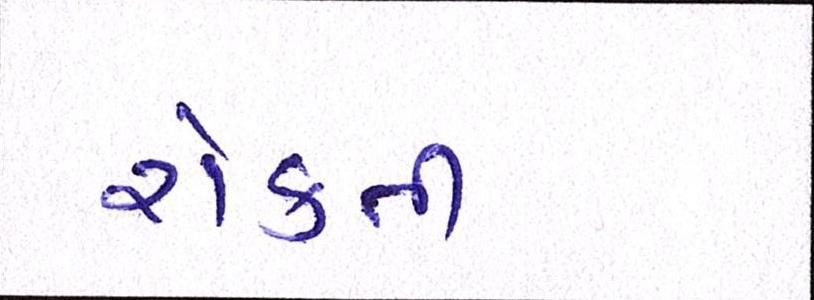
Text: રોકતી